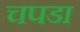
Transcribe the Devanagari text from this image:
चपडा